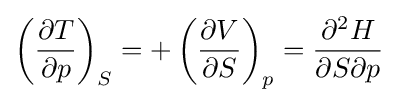
\left({\frac {\partial T}{\partial p}}\right)_{S}=+\left({\frac {\partial V}{\partial S}}\right)_{p}={\frac {\partial ^{2}H}{\partial S\partial p}}